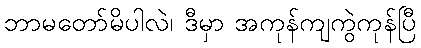
ဘာမတော်မိပါလဲ၊ ဒီမှာ အကုန်ကျကွဲကုန်ပြီ